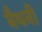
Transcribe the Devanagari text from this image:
बैथनी